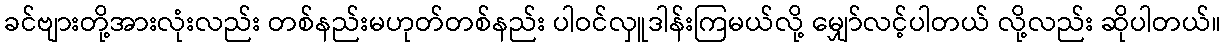
ခင်ဗျားတို့အားလုံးလည်း တစ်နည်းမဟုတ်တစ်နည်း ပါဝင်လှူဒါန်းကြမယ်လို့ မျှော်လင့်ပါတယ် လို့လည်း ဆိုပါတယ်။